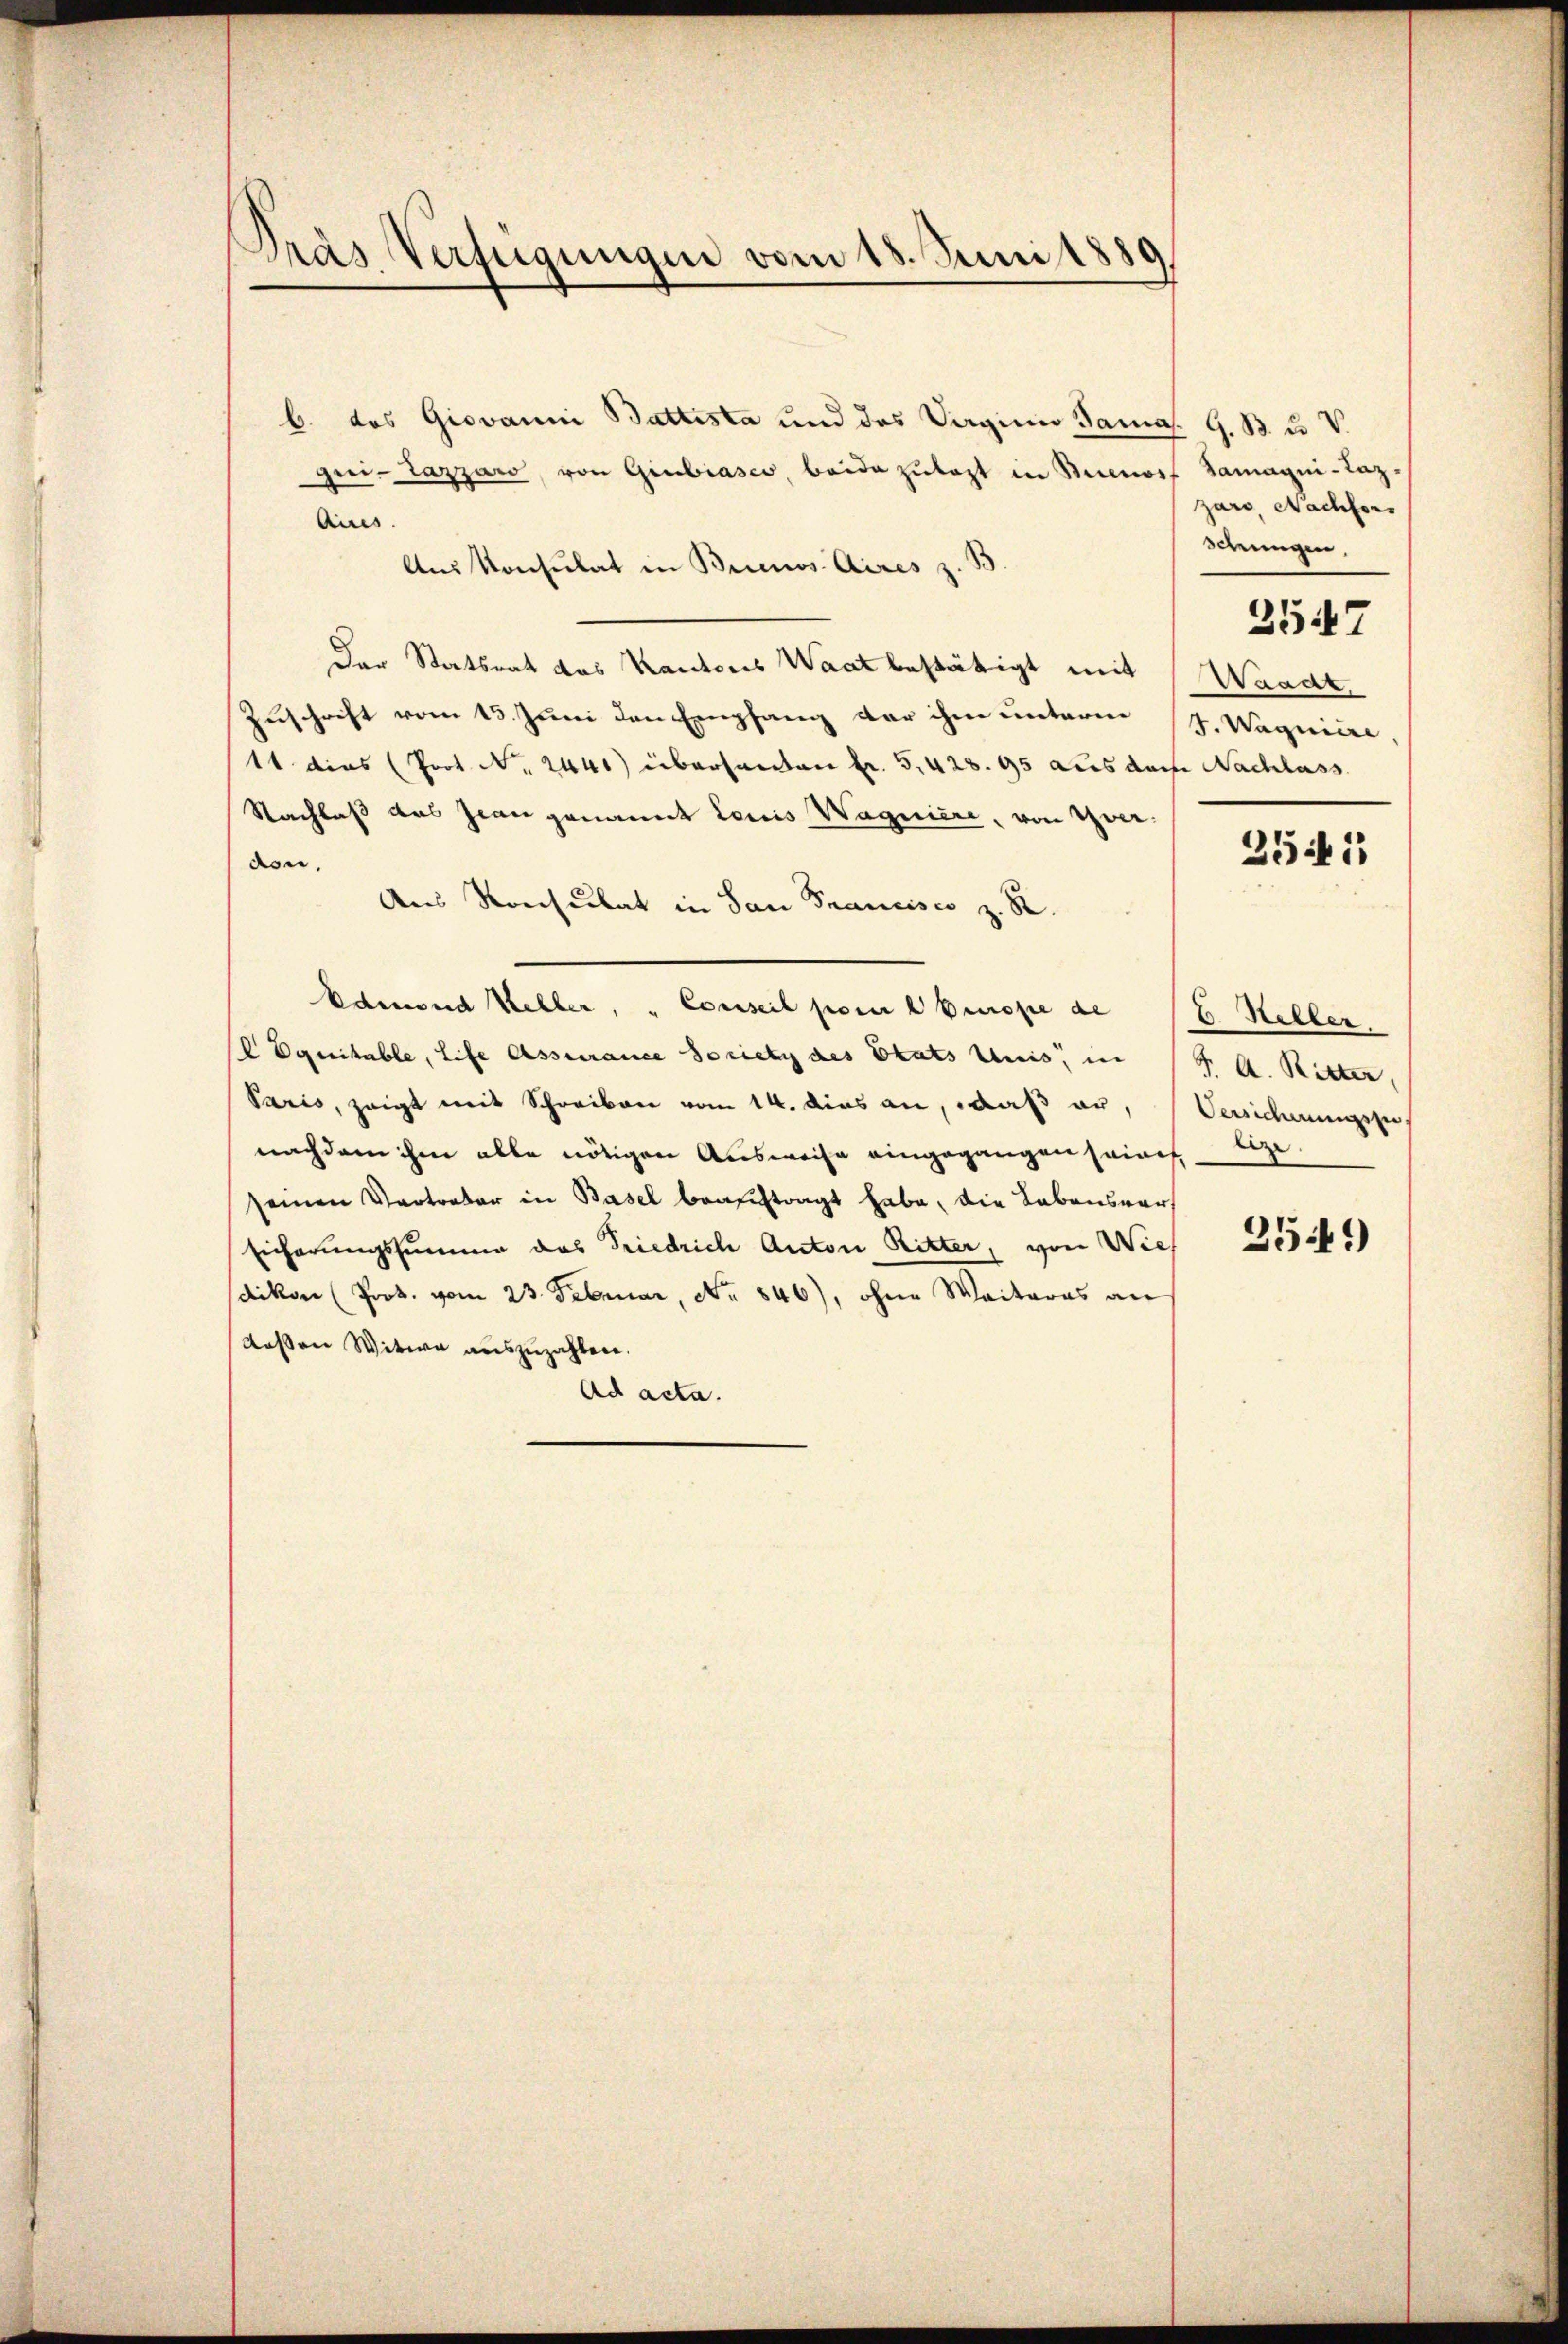
Pras Verfügungen vom 18. Juni 1889

b. das Giovanni Battesta und des Vaginio Samas. G. B. u. V.
gni-Lazzaro, von Giubiasco, beide zŭlast in Buenorf Samayni-Laz-
Aus
Aus Konsulat in Buenos Aires z. B.
Der Statsrat des Kantons Waat bestätigt mit
Zuschrift vom 13. Juni den Empfang der ihm unterm
14. dies (Prot. Nr. 2440 übersanten fr. 5. 428. 95 dies dache Nachlass
Nachlaß das Jean genannt Louis Wagniere, von Zweidon.
Aus Konsulat in San Francisco z. B.
Odemand Kehler, „Conseil pore Prope de 12. Heller.
VEgeritable, Life Assurance societz des Etats Anis, in
Paris, zeigt mit Schreiben vom 14. dies an, daß er,
nachdem ihm alle nötigen Ausweise eingegangen seines beze
seinen Vertreter in Basel beauftragt habe, die Lebensver¬
Eicherungssumme das Friedrich Anton Ritter, von Wies Josef
dikon (Prot. vom 23. Februar, No 846), ohne Weiteres an
deßen Witwe auszuzahlen.
Ad acta.

zaro, Nachfors
Krungen,
Waadt
J. Wagniere

3547

254:

J. A. Ritter,
Versicherungssi,